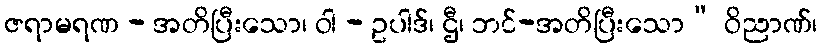
ဇရာမရဏ - အတိပြီးသော၊ ဝါ - ဥပါဒ်၊ ဌီ၊ ဘင်-အတိပြီးသော” ဝိညာဏ်၊